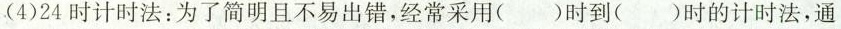
(4)24时计时法：为了简明且不易出错，经常采用()时到()时的计时法，通